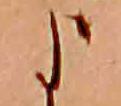
よ